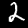
Label: 2